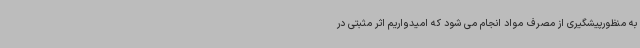
به منظورپیشگیری از مصرف مواد انجام می شود که امیدواریم اثر مثبتی در